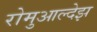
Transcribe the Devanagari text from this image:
रोमुआल्देझ